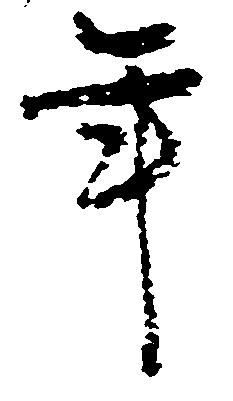
年